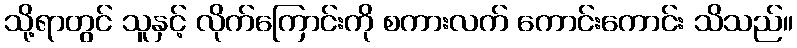
သို့ရာတွင် သူနှင့် လိုက်ကြောင်းကို စကားလက် ကောင်းကောင်း သိသည်။